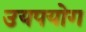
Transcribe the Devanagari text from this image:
उयपयोग